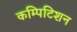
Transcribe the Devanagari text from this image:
कम्पिटिशन